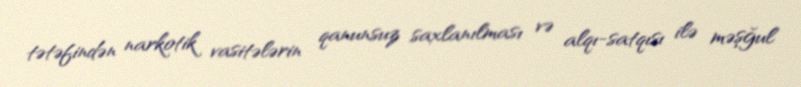
tətəfindən narkotik vasitələrin qanunsuz saxlanılması və alqı-satqısı ilə məşğul